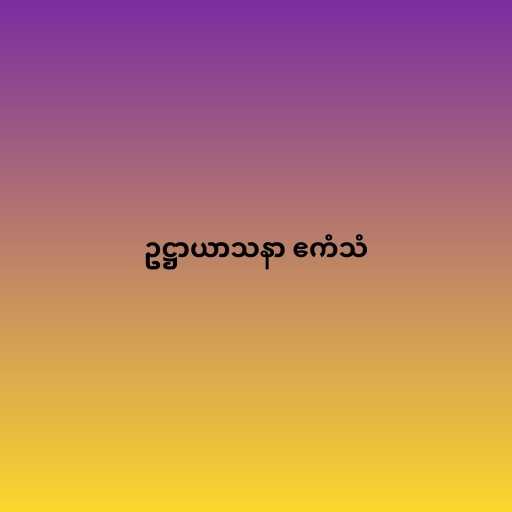
ဥဋ္ဌာယာသနာ ဧကံသံ